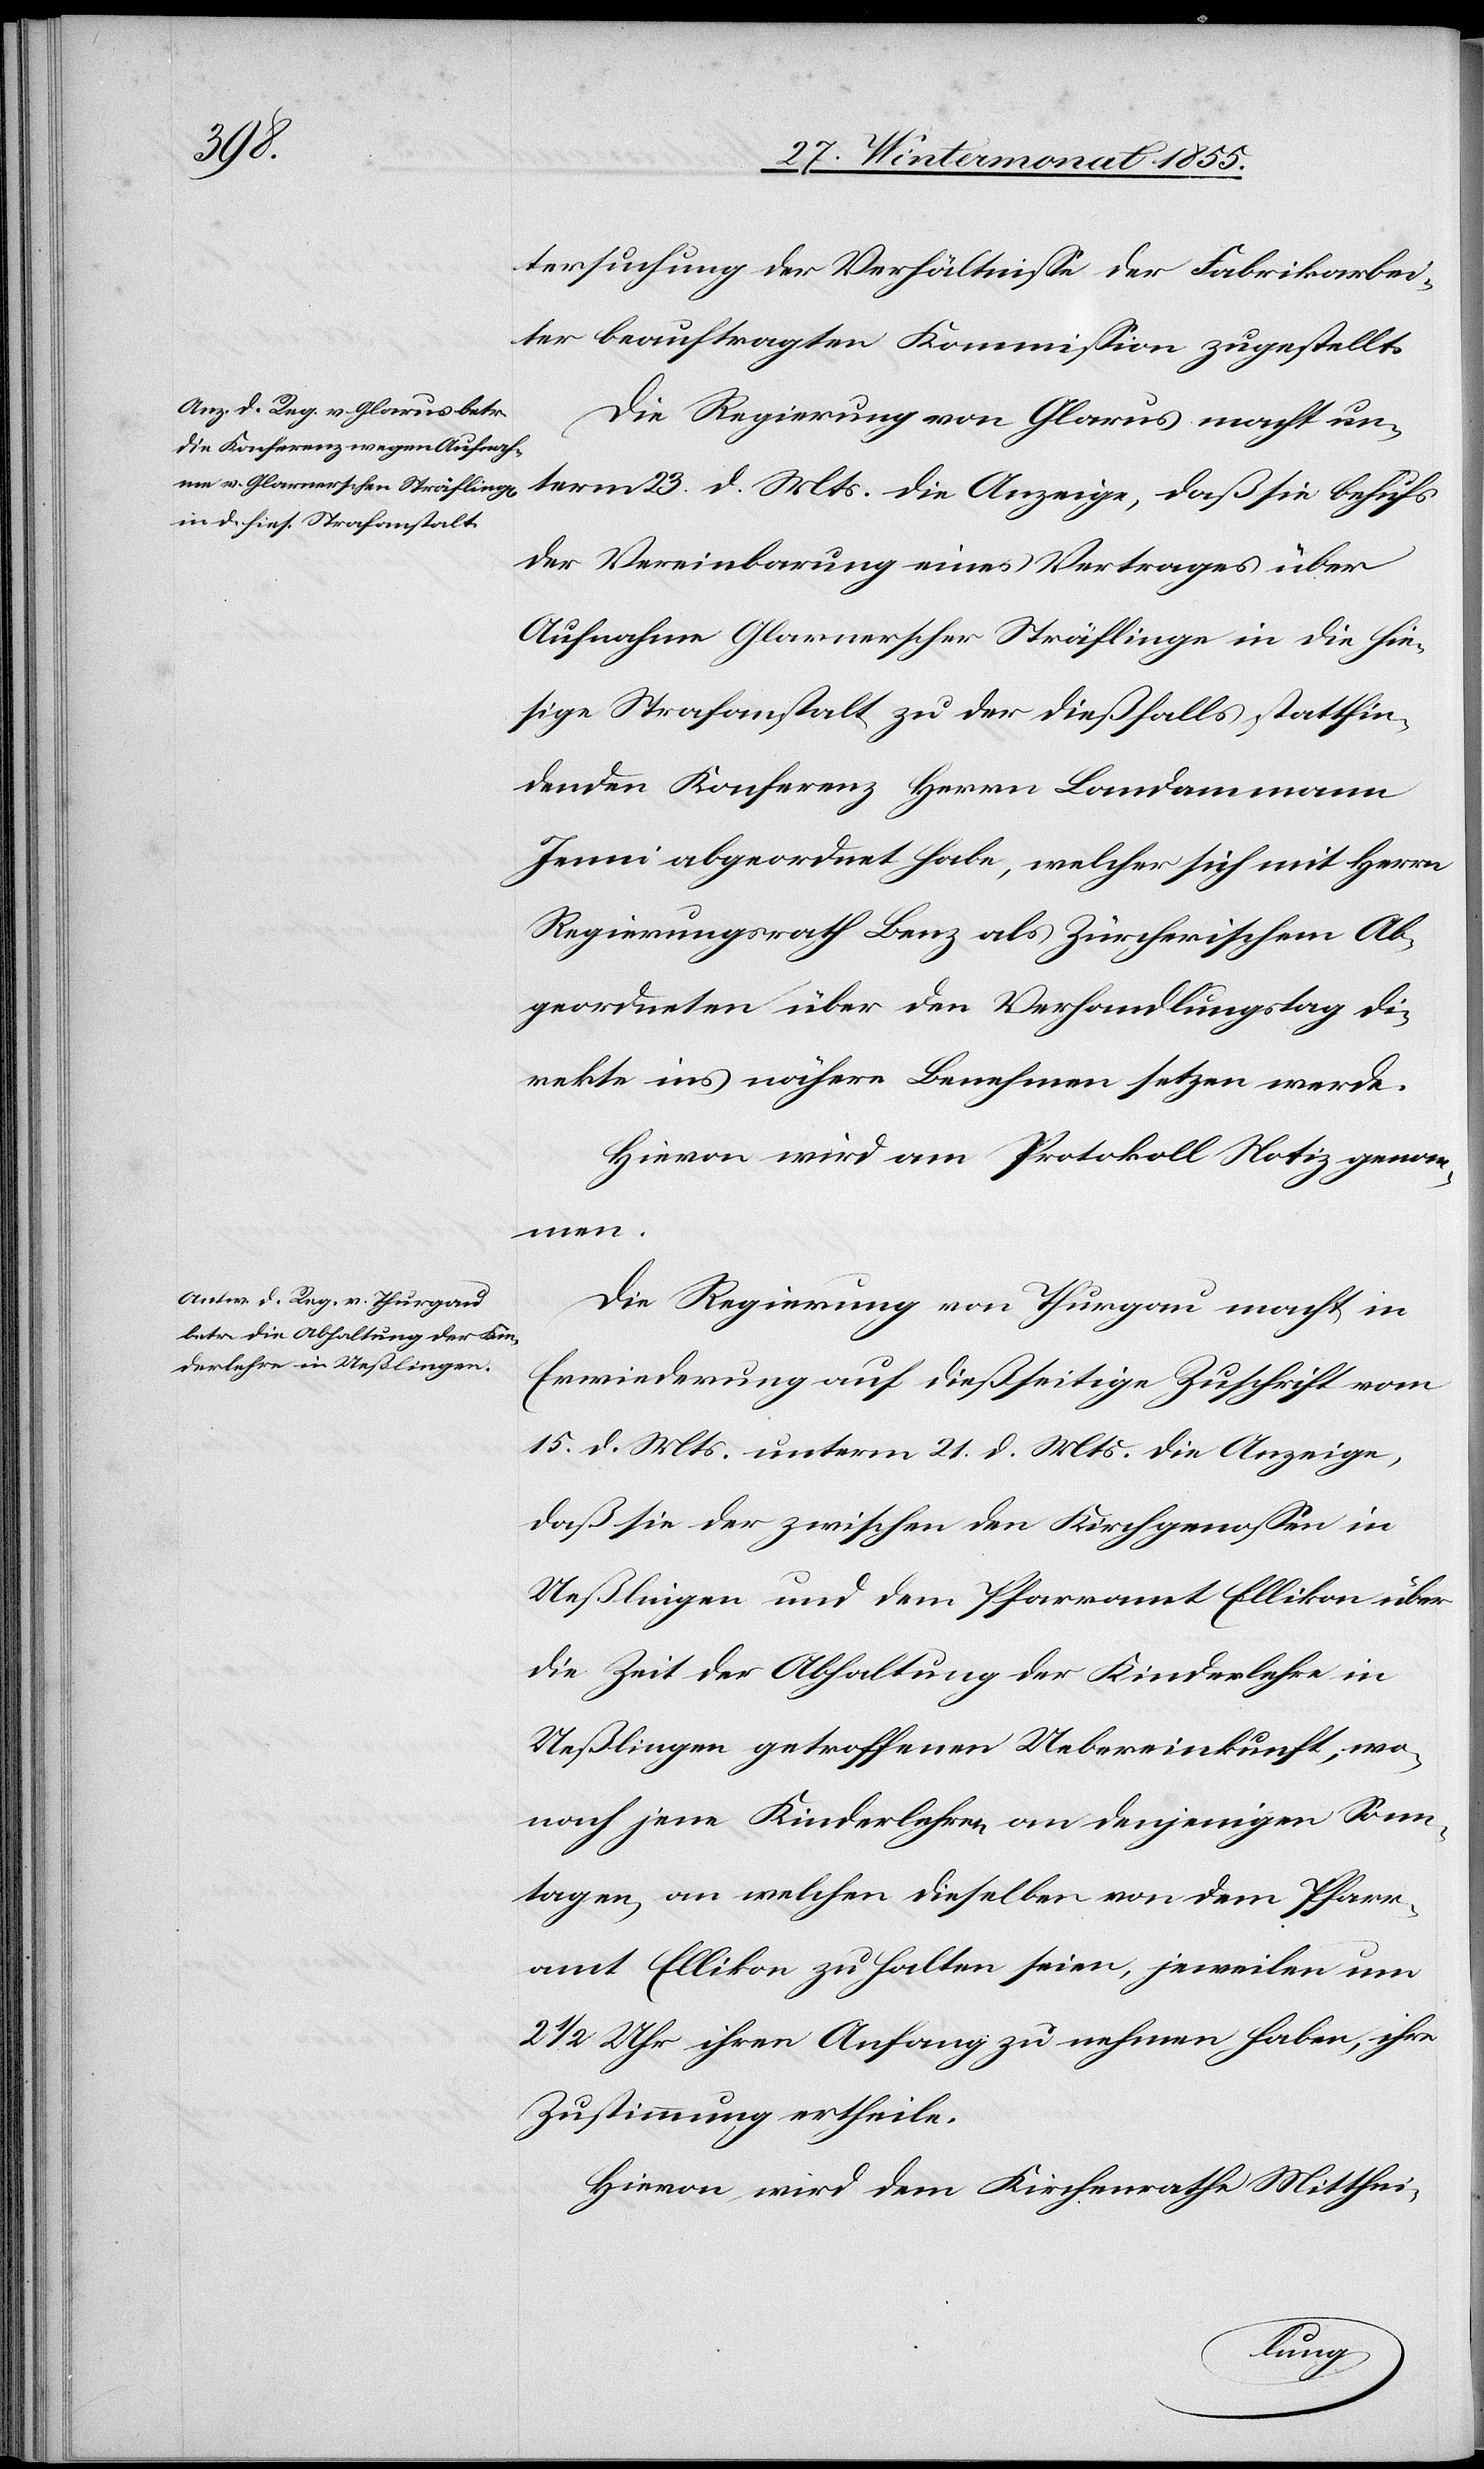
tersuchung der Verhältnisse der Fabrikarbei¬
ter beauftragten Kommission zugestellt.
Die Regierung von Glarus macht un¬
term 23. d. Mts. die Anzeige, daß sie behufs
der Vereinbarung eines Vertrages über
Aufnahme Glarnerscher Sträflinge in die hie¬
sige Strafanstalt zu der dießfalls stattfin¬
denden Konferenz Herrn Landammann
Jenni abgeordnet habe, welcher sich mit Herrn
Regierungsrath Benz als Zürcherischem Ab¬
geordneten über den Verhandlungstag di¬
rekte ins nähere Benehmen setzen werde.
Hievon wird am Protokoll Notiz genom¬
men.
Die Regierung von Thurgau macht in
Erwiederung auf dießseitige Zuschrift vom
15. d. Mts. unterm 21. d. Mts. die Anzeige,
daß sie der zwischen den Kirchgenossen in
Ueßlingen und dem Pfarramt Ellikon über
die Zeit der Abhaltung der Kinderlehre in
Ueßlingen getroffenen Uebereinkunft, wo¬
nach jene Kinderlehren an denjenigen Sonn¬
tagen, an welchen dieselben von dem Pfarr¬
amt Ellikon zu halten seien, jeweilen um
2 1/2 Uhr ihren Anfang zu nehmen haben, ihre
Zustimmung ertheile.
Hievon wird dem Kirchenrathe Mitthei-